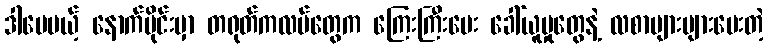
ဒါပေမယ့် နောက်ပိုင်းမှာ တရုတ်ကလပ်တွေက ကြေးကြီးပေး ခေါ်ယူမှုတွေနဲ့ လစာများများပေးတဲ့